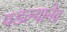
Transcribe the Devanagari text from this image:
पडल्यानेव